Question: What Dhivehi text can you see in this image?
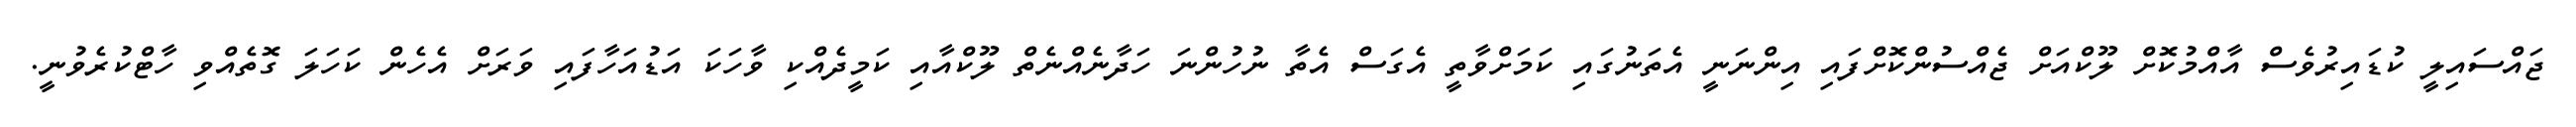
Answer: ޖައްސައިލީ ކުޑައިރުވެސް އާއްމުކޮށް ލޫކްއަށް ޖެއްސުންކޮށްފައި އިންނަނީ އެތަނުގައި ކަމަށްވާތީ އެގަސް އެތާ ނުހުންނަ ހަދާނެއްނެތް ލޫކްއާއި ކަމީދެއްކި ވާހަކަ އަޑުއަހާފައި ވަރަށް އެހެން ކަހަލަ ގޮތެއްވި ހާޓްކުރެވުނީ.